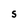
Character: S